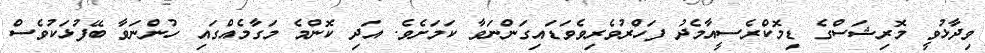
ވިދާޅުވީ މޮރިޝަސްގެ ޑިމޮކްރެސީއާމެދު ފަހްރުވެރިވެވަޑައިގަންނަވާ ކަމަށެވެ. އަދި ކޮންމެ މަގާމެއްގައި ހުންނަވާ ބޭފުޅަކުވެސް